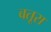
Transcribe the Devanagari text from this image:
बतूरा